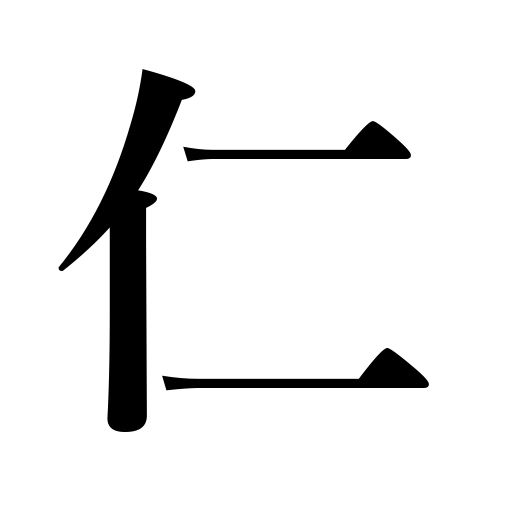
Meanings: virtue,charity,man,humanity,benevolence